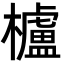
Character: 櫨